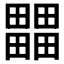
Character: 𤳳